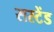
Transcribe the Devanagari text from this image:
सस्टेंड